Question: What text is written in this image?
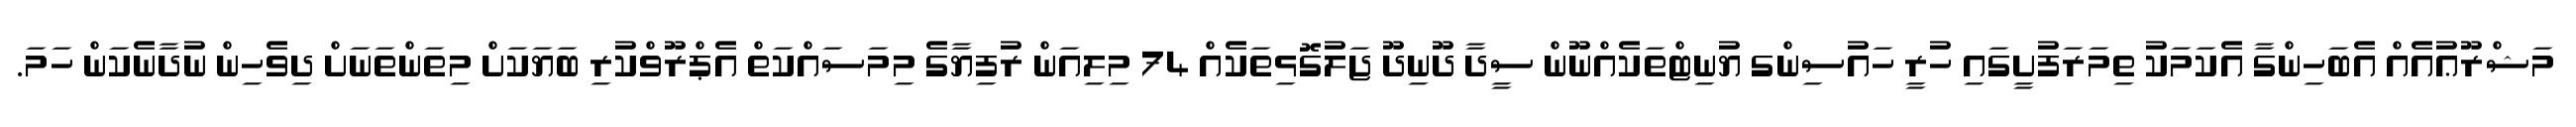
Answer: މަޝްރޫޢުއެއް އެބަހިންގާ އެކަމަކު ތިމަރަފުށީގައި ހުރީ ހައުސިންގ ޔުނިޓްތަކެއްނޫން ސީދާ ދޫނިދޫ ޖަލުގޮޅިތަކެއް 74 މިލިއަން ރުފިޔާގެ މިމަސައްކަތް އެޕްރޫވްކުރި ބަޔަކަށް މިތަންތަނަށް ދިވެހިން ނުދާނެކަން ހަމަ.